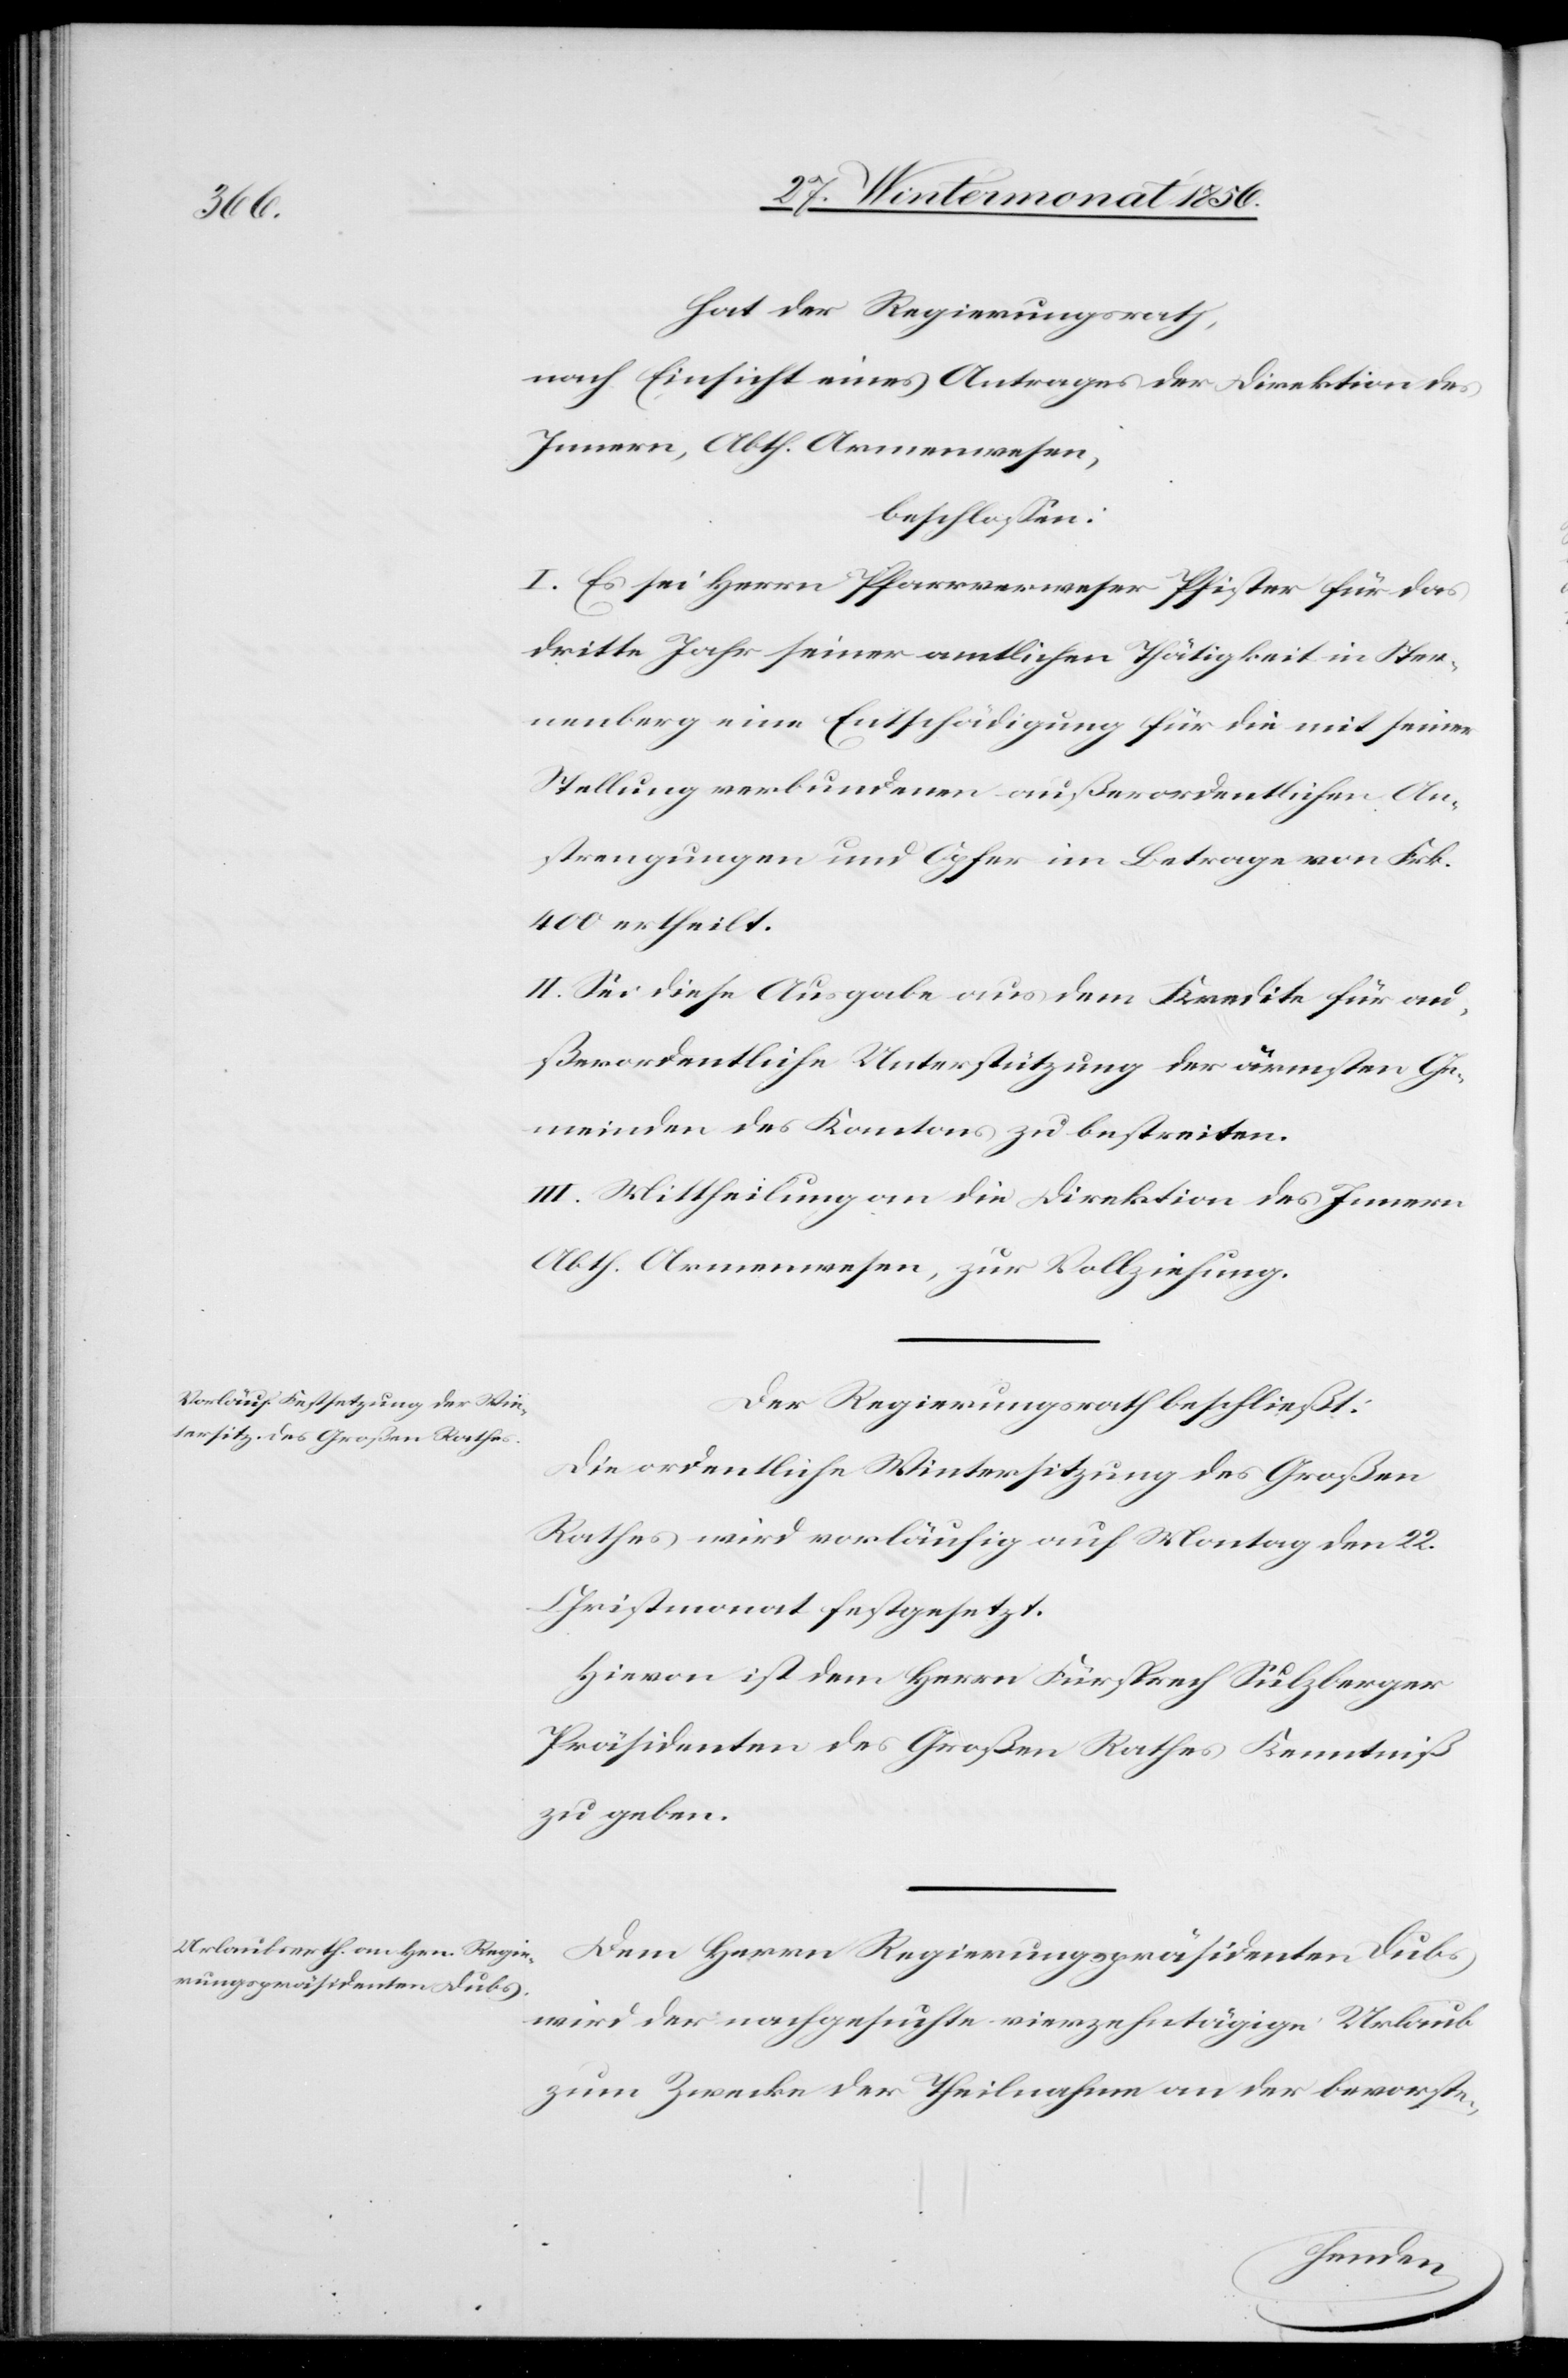
hat der Regierungsrath,
nach Einsicht eines Antrages der Direktion des
Innern, Abth. Armenwesen,
beschlossen:
I. Es sei Herrn Pfarrverweser Pfister für das
dritte Jahr seiner amtlichen Thätigkeit in Ster¬
nenberg eine Entschädigung für die mit seiner
Stellung verbundenen außerordentlichen An¬
strengungen und Opfer im Betrage von Frk.
400 ertheilt.
II. Sei diese Ausgabe aus dem Kredite für au¬
ßerordentliche Unterstützung der ärmsten Ge¬
meinden des Kantons zu bestreiten.
III. Mittheilung an die Direktion des Innern,
Abth. Armenwesen, zur Vollziehung.
Der Regierungsrath beschließt:
Die ordentliche Wintersitzung des Großen
Rathes wird vorläufig auf Montag den 22.
Christmonat festgesetzt.
Hievon ist dem Herrn Fürsprech Sulzberger
Präsidenten des Großen Rathes Kenntniß
zu geben.
Dem Herrn Regierungspräsidenten Dubs
wird der nachgesuchte vierzehntägige Urlaub
zum Zwecke der Theilnahme an der bevorste-